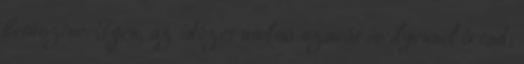
betűszíne. Igen, az idézet utolsó szavát is ilyennel írtad;